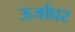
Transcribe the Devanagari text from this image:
ऊर्जाघर